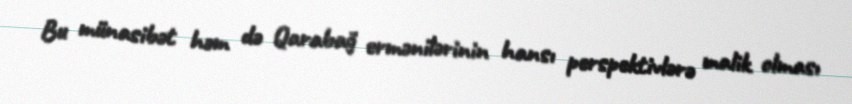
Bu münasibət həm də Qarabağ ermənilərinin hansı perspektivlərə malik olması